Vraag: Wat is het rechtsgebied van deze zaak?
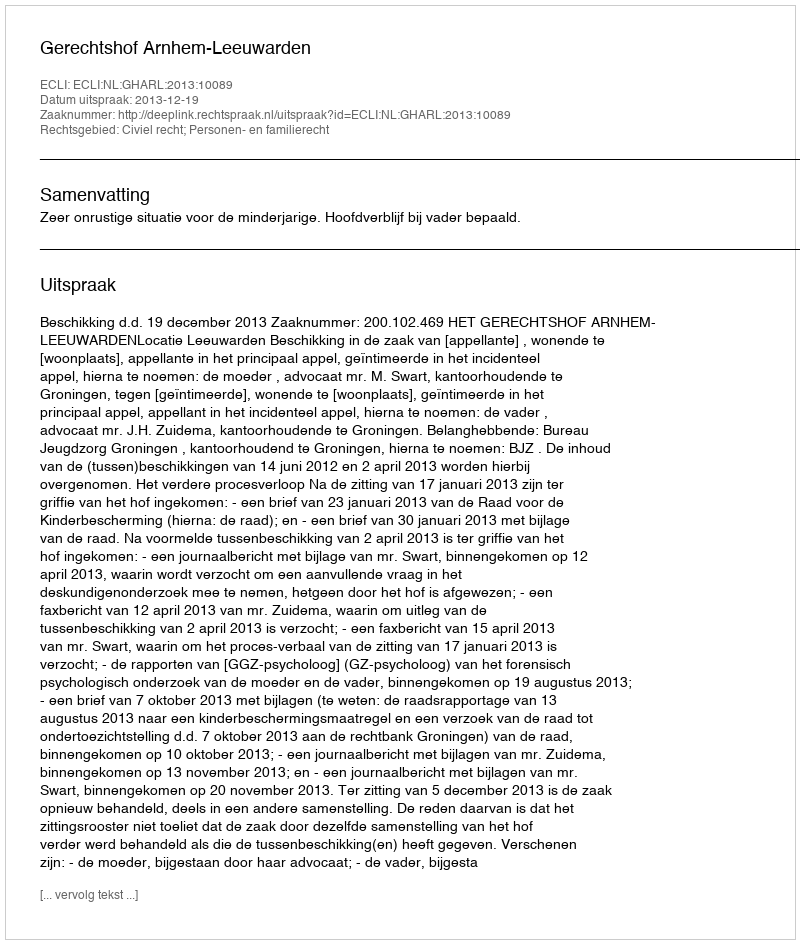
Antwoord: Civiel recht; Personen- en familierecht